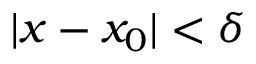
| x - x _ { 0 } | < \delta